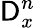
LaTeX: \mathsf{D}_{x}^{n}